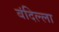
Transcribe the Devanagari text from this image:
बंदिल्ला